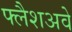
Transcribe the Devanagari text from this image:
फ्लैशअवे